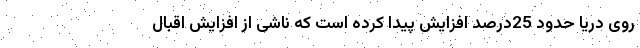
روی دریا حدود 25درصد افزایش پیدا کرده است که ناشی از افزایش اقبال